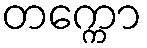
တက္ကော